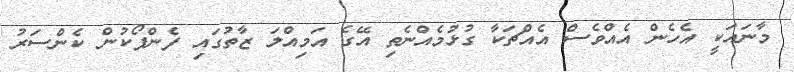
މާނައަކީ އެހެން އެއްވެސް އެއްޗަކާ ގުޅުމެއްނެތި އޭގެ އަމިއްލަ ޒާތުގައި ފެންފޯކުން ކެންސަރު